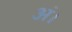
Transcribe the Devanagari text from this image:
अं।